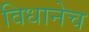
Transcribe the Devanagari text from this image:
विधानेच